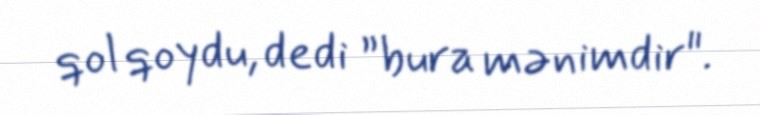
qol qoydu, dedi ”bura mənimdir".